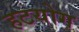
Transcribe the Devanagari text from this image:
हटयोग